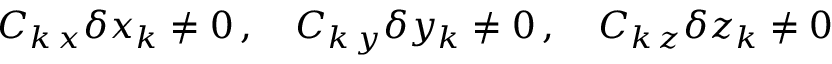
C _ { k \, x } \delta x _ { k } \neq 0 \, , \quad C _ { k \, y } \delta y _ { k } \neq 0 \, , \quad C _ { k \, z } \delta z _ { k } \neq 0